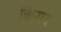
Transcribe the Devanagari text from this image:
किराद